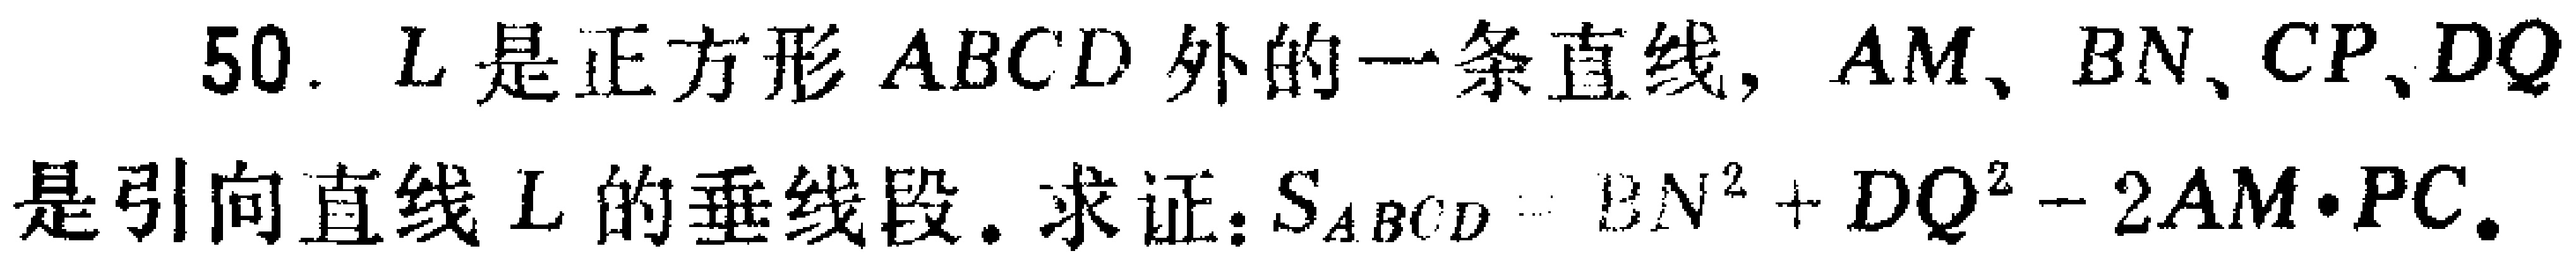
50. \(L\)是正方形 \(ABCD\)外的一条直线，\(AM\)、\(BN\)、\(CP\)、\(DQ\)是引向直线 \(L\)的垂线段. 求证：\(S_{ABCD}=BN^{2}+DQ^{2}-2AM\cdot PC\).